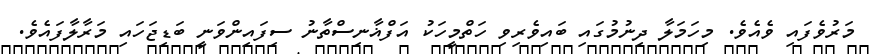
މަރުވެފައި ވެއެވެ. މިހަމަލާ ދިނުމުގައި ބައިވެރިވި ހަތްމީހަކު އަފްޣާނިސްތާނު ސިފައިންވަނީ ބަޑިޖަހައި މަރާލާފައެވެ.